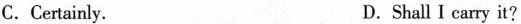
C.Certainly. D.Shall I carry it?